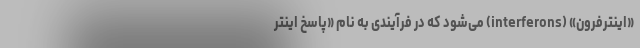
«اینترفرون» (interferons) می‌شود که در فرآیندی به نام «پاسخ اینتر